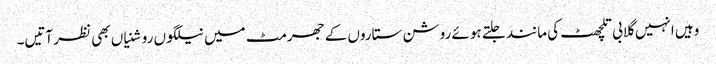
وہیں انہیں گلابی تلچھٹ کی مانند جلتے ہوئے روشن ستاروں کے جھرمٹ میں نیلگوں روشنیاں بھی نظر آتیں۔